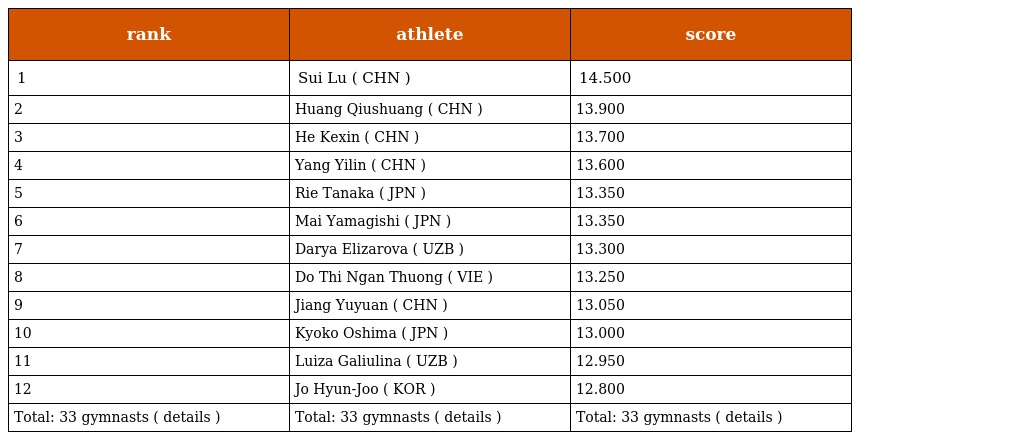
| rank | athlete | score |
 | --- | --- | --- |
 | 1 | Sui Lu ( CHN ) | 14.500 |
 | 2 | Huang Qiushuang ( CHN ) | 13.900 |
 | 3 | He Kexin ( CHN ) | 13.700 |
 | 4 | Yang Yilin ( CHN ) | 13.600 |
 | 5 | Rie Tanaka ( JPN ) | 13.350 |
 | 6 | Mai Yamagishi ( JPN ) | 13.350 |
 | 7 | Darya Elizarova ( UZB ) | 13.300 |
 | 8 | Do Thi Ngan Thuong ( VIE ) | 13.250 |
 | 9 | Jiang Yuyuan ( CHN ) | 13.050 |
 | 10 | Kyoko Oshima ( JPN ) | 13.000 |
 | 11 | Luiza Galiulina ( UZB ) | 12.950 |
 | 12 | Jo Hyun-Joo ( KOR ) | 12.800 |
 | Total: 33 gymnasts ( details ) | Total: 33 gymnasts ( details ) | Total: 33 gymnasts ( details ) |